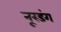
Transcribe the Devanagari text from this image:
नूरडंग